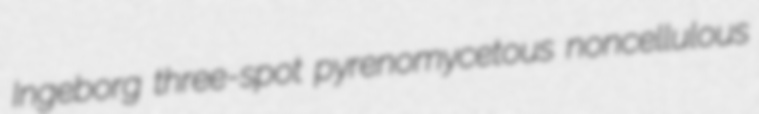
Ingeborg three-spot pyrenomycetous noncellulous